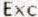
EXC